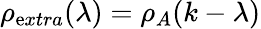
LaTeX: \rho_{\mathrm{e}xtra}(\lambda)=\rho_{A}(k-\lambda)